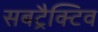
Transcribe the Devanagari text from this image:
सबट्रैक्टिव